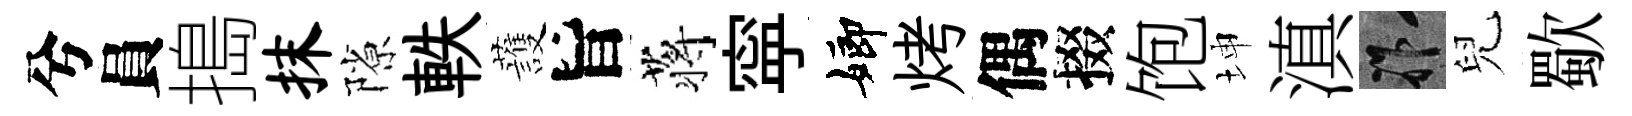
兮員搗抹隙軼䕶旨蒋寜嫏烤偶掇饱坤滇祚兒歜